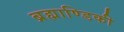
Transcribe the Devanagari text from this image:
ब्रह्माण्डिकी